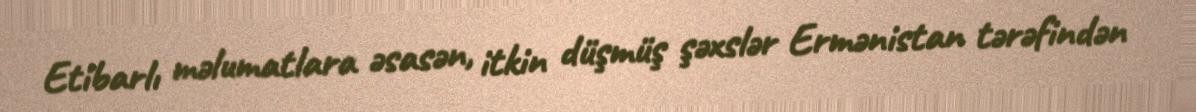
Etibarlı məlumatlara əsasən, itkin düşmüş şəxslər Ermənistan tərəfindən